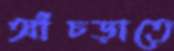
আঁচড়াতে